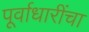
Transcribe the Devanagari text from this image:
पूर्वाधारींचा